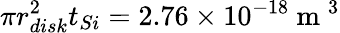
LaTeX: \pi r_{disk}^{2}t_{Si}=2.76\times 10^{-18}\mathrm{~m~}^{3}